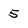
Character: 5